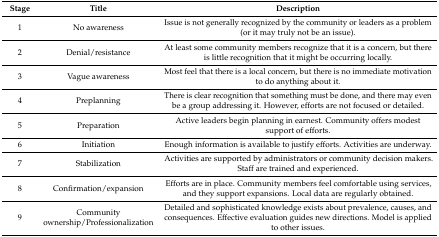
<table><thead><tr><td><b>Stage</b></td><td><b>Title</b></td><td><b>Description</b></td></tr></thead><tbody><tr><td>1</td><td>No awareness</td><td>Issue is not generally recognized by the community or leaders as a problem (or it may truly not be an issue).</td></tr><tr><td>2</td><td>Denial/resistance</td><td>At least some community members recognize that it is a concern, but there is little recognition that it might be occurring locally.</td></tr><tr><td>3</td><td>Vague awareness</td><td>Most feel that there is a local concern, but there is no immediate motivation to do anything about it.</td></tr><tr><td>4</td><td>Preplanning</td><td>There is clear recognition that something must be done, and there may even be a group addressing it. However, efforts are not focused or detailed.</td></tr><tr><td>5</td><td>Preparation</td><td>Active leaders begin planning in earnest. Community offers modest support of efforts.</td></tr><tr><td>6</td><td>Initiation</td><td>Enough information is available to justify efforts. Activities are underway.</td></tr><tr><td>7</td><td>Stabilization</td><td>Activities are supported by administrators or community decision makers. Staff are trained and experienced.</td></tr><tr><td>8</td><td>Confirmation/expansion</td><td>Efforts are in place. Community members feel comfortable using services, and they support expansions. Local data are regularly obtained.</td></tr><tr><td>9</td><td>Community ownership/Professionalization</td><td>Detailed and sophisticated knowledge exists about prevalence, causes, and consequences. Effective evaluation guides new directions. Model is applied to other issues.</td></tr></tbody></table>